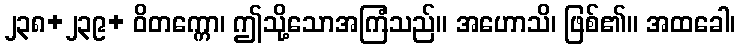
၂၃၈+၂၃၉+ ဝိတက္ကော၊ ဤသို့သောအကြံသည်။ အဟောသိ၊ ဖြစ်၏။ အထခေါ၊